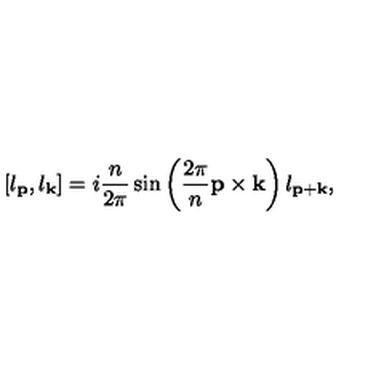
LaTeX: [ l _ { \bf p } , l _ { \bf k } ] = i \frac { n } { 2 \pi } \sin \left( \frac { 2 \pi } { n } { \bf p \times k } \right) l _ { \bf p + k } ,